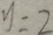
y = 2